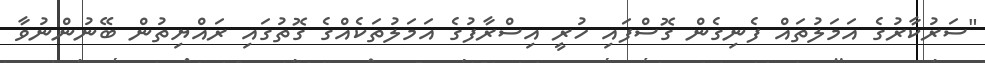
"ސަރުކާރުގެ އަމަލުތައް ފެނިގެން ގޮސްފައި ހުރީ އިސްރާފުގެ އަމަލުތަކެއްގެ ގޮތުގައި ރައްޔިތުން ބޭނުންނުވާ